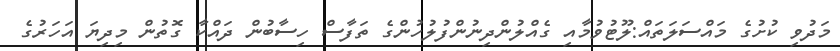
މަދުވި ކުށުގެ މައްސަލަތައް:ލޫޓުވުމާއި ގެއްލުންދިނުންފުލުހުންގެ ތަފާސް ހިސާބުން ދައްކާ ގޮތުން މިދިޔަ އަހަރުގެ